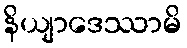
နိယျာဒေဿာမိ